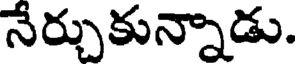
నేర్చుకున్నాడు.